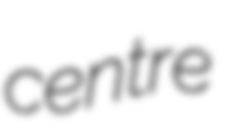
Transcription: centre